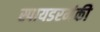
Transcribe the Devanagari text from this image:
स्पायडरमंकी